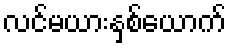
လင်မယားနှစ်ယောက်